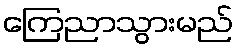
ကြေညာသွားမည်